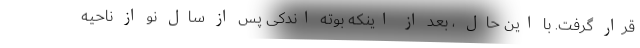
قرار گرفت. با این حال ، بعد از اینکه بوته اندکی پس از سال نو از ناحیه